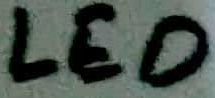
Text: LED